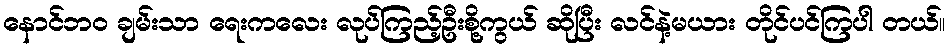
နောင်ဘဝ ချမ်းသာ ရေးကလေး လုပ်ကြည့်ဦးစို့ကွယ် ဆိုပြီး လင်နဲ့မယား တိုင်ပင်ကြပါ တယ်။